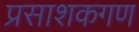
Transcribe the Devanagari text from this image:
प्रसाशकगण